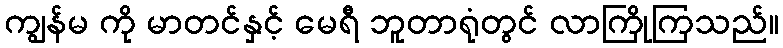
ကျွန်မ ကို မာတင်နှင့် မေရီ ဘူတာရုံတွင် လာကြိုကြသည်။